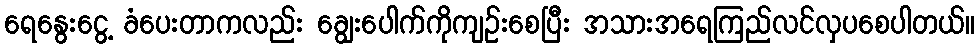
ရေနွေးငွေ့ ခံပေးတာကလည်း ချွေးပေါက်ကိုကျဉ်းစေပြီး အသားအရေကြည်လင်လှပစေပါတယ်။